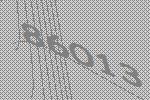
86013